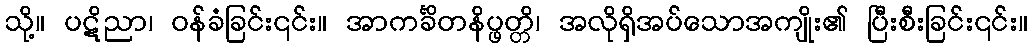
သို့။ ပဋိညာ၊ ဝန်ခံခြင်း၎င်း။ အာကင်္ခိတနိပ္ဖတ္တိ၊ အလိုရှိအပ်သောအကျိုး၏ ပြီးစီးခြင်း၎င်း။